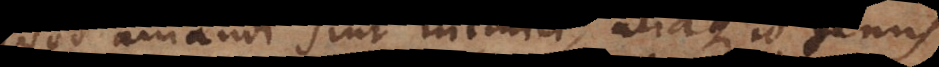
quod amandi sint inimici, aliaque id genus.